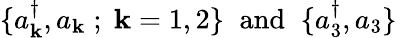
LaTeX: \{ a_{\mathbf{k}}^{\dagger},a_{\mathbf{k}}\; ;\; \mathbf{k}=1,2\} \; \; \mathrm{{and}}\; \; \{ a_{3}^{\dagger},a_{3}\}